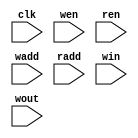
module weight_Memory #(parameter numWeight = 3, neuronNo = 5, layerNo = 1, addressWidth = 10, dataWidth = 16, weigthFile = "w_1_15.mif")(

    input clk, //Clock signal
    input wen, //Write enable
    input ren, //Read enable
    input [addressWidth-1 : 0] wadd, //Write address
    input [addressWidth-1 : 0] radd, //Read address
    input [dataWidth-1 : 0] win, //Write in
    input [dataWidth-1 : 0] wout //Write out
 );

    reg [dataWidth-1 : 0] mem [numWeight-1 : 0];

    `ifdef pretrained
        initial begin
        
            $readmemb(weightFile, mem);
        end
    `else
        always @(posedge clk ) begin

            if(wen) begin

                mem[wadd] <= win;
            end
        end
    `endif

    always @(posedge clk ) begin
    
        if(ren) begin
        
            wout <= mem[radd];
        end
    end
endmodule